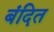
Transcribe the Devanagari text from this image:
बंदित